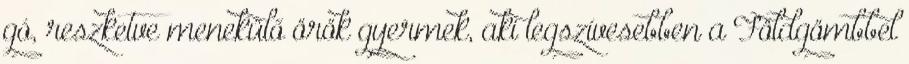
gó, reszketve menekülő örök gyermek, aki legszívesebben a Földgömbbel